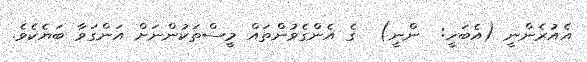
އެއުރެންނީ (އެބަހީ:  ންނީ)  ގެ އެންގެވުންތައް މީސްތަކުންނަށް އަންގަވާ ބަޔެކެވެ.